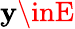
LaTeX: \mathbf{y}\inE